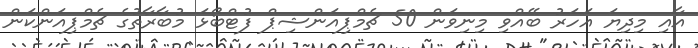
އާއި މިދިޔަ އަހަރު ބޭއްވި މިނިވަން 50 ޗެމްޕިއަންޝިޕް ފުޓްބޯޅަ މުބާރާތުގެ ޗެމްޕިއަންކަން